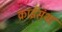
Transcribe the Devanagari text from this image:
क्राईसंथा